Indian journal of veterinary science and animal husbandry - Volumes 26-27, 1956-1957
Year: 1956
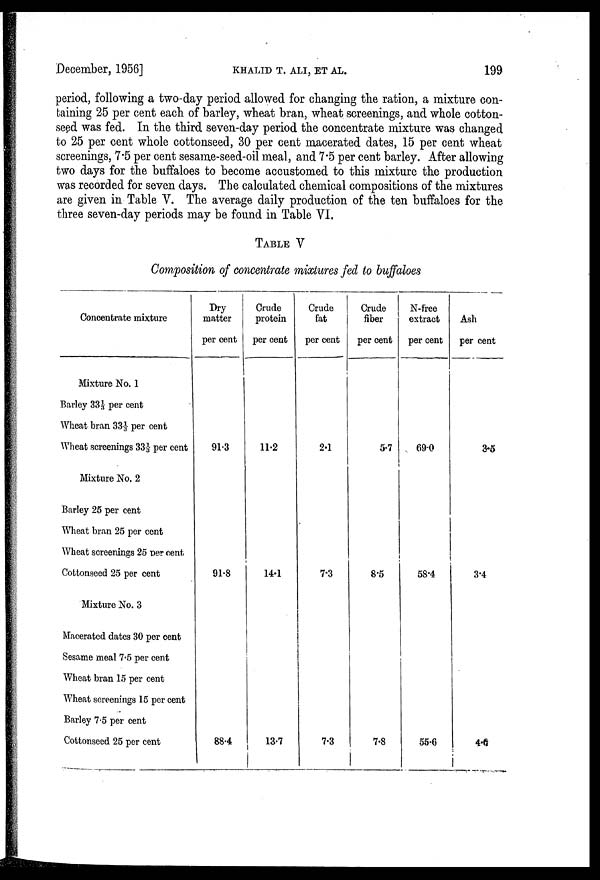
December, 1956]
KHALID
T.
ALI,
ET
AL.
199
period, following a two-day period allowed for changing the ration, a mixture con
taining 25 per cent each of barley, wheat bran, wheat screenings, and whole cotton
seed was fed. In the third seven-day period the concentrate mixture was changed
to 25 per cent whole cottonseed, 30 per cent macerated dates, 15 per cent wheat
screenings, 7.5 per cent sesame-seed-oil meal, and 7.5 per cent barley. After allowing
two days for the buffaloes to become accustomed to this mixture the production
was recorded for seven days. The calculated chemical compositions of the mixtures
are given in Table V. The average daily production of the ten buffaloes for the
three seven-day periods may be found in Table VI.
TABLE V
Composition of concentrate mixtures fed to buffaloes
Concentrate mixture
Mixture No. 1
Barley 33 ⅓ per cent
Wheat bran 33⅓ per cent
Wheat screenings 33⅓ per cent
Mixture No. 2
Barley 25 per cent
Wheat bran 25 per cent
Wheat screenings 25 per cent
Cottonseed 25 per cent
Mixture No. 3
Macerated dates 30 per cent
Sesame meal 7.5 per cent
Wheat bran 15 per cent
Wheat screenings 15 per cent
Barley 7.5 per cent
Cottonseed 25 per cent
Dry
matter
per cent
91.3
91.8
88.4
Crude
protein
per cent
11.2
14.1
13.7
Crude
fat
per cent
2.1
7.3
7.3
Crude
fiber
per cent
5.7
8.5
7.8
N-free
extract
per cent
69.0
58.4
55.6
Ash
per cent
3.5
3.4
4.6